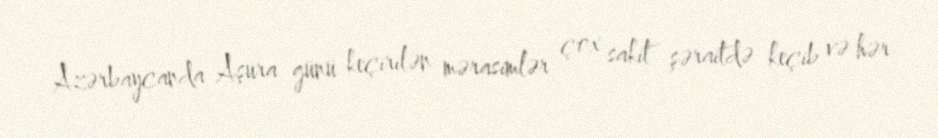
Azərbaycanda Aşura günü keçirilən mərasimlər çox sakit şəraitdə keçib və hər